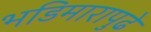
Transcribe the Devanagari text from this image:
भडिमारापुढे